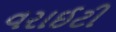
વરાઈટી